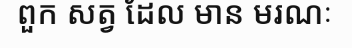
ពួក សត្វ ដែល មាន មរណៈ